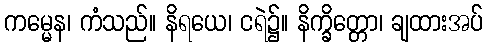
ကမ္မေန၊ ကံသည်။ နိရယေ၊ ငရဲ၌။ နိက္ခိတ္တော၊ ချထားအပ်